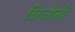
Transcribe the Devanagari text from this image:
ग्रिजोनी